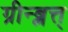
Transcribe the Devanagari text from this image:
ग्रीन्ब्लत्त्